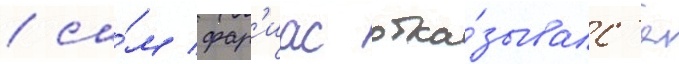
/ са́м фар'иас отка́зывалс'я